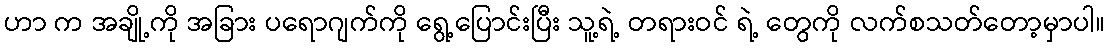
ဟာ က အချို့ကို အခြား ပရောဂျက်ကို ရွေ့ပြောင်းပြီး သူ့ရဲ့ တရားဝင် ရဲ့ တွေကို လက်စသတ်တော့မှာပါ။